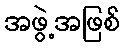
အဖွဲ့အဖြစ်